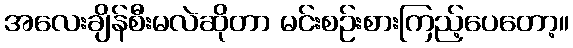
အလေးချိန်စီးမလဲဆိုတာ မင်းစဉ်းစားကြည့်ပေတော့။